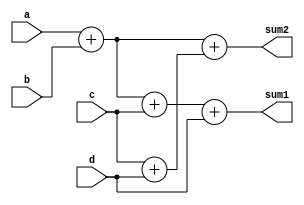
module operator_group (sum1, sum2, a, b, c, d);
  output 	[4: 0]	sum1, sum2;
  input 	[3: 0] 	a, b, c, d;
  

  assign sum1 = a + b + c + d;
  assign sum2 = (a + b) + (c + d);

endmodule